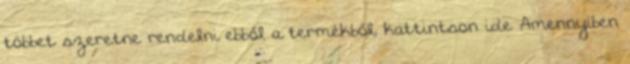
többet szeretne rendelni ebből a termékből, kattintson ide Amennyiben